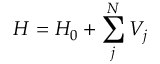
H = H _ { 0 } + \sum _ { j } ^ { N } V _ { j }